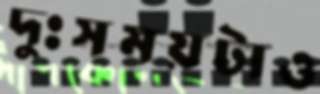
দুঃসময়টাও